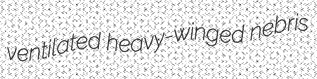
ventilated heavy-winged nebris